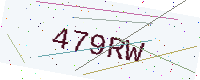
Text: 479RW